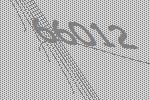
66012